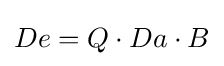
De=Q\cdot Da\cdot B